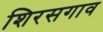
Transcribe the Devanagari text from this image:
शिरसगाव